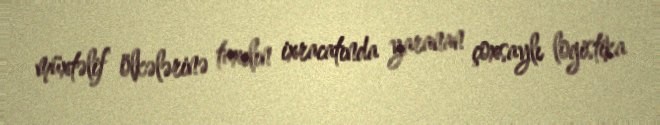
müxtəlif ölkələrinə taxılın ixracatında yaranan çoxsaylı logistika